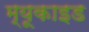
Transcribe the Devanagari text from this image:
म्यूकाइड